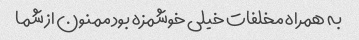
به همراه مخلفات خیلی خوشمزه بود ممنون از شما